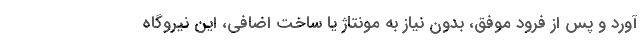
آورد و پس از فرود موفق، بدون نیاز به مونتاژ یا ساخت اضافی، این نیروگاه